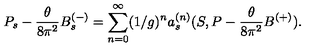
P _ { s } - \frac { \theta } { 8 \pi ^ { 2 } } B _ { s } ^ { ( - ) } = \sum _ { n = 0 } ^ { \infty } ( 1 / g ) ^ { n } a _ { s } ^ { ( n ) } ( S , P - \frac { \theta } { 8 \pi ^ { 2 } } B ^ { ( + ) } ) .